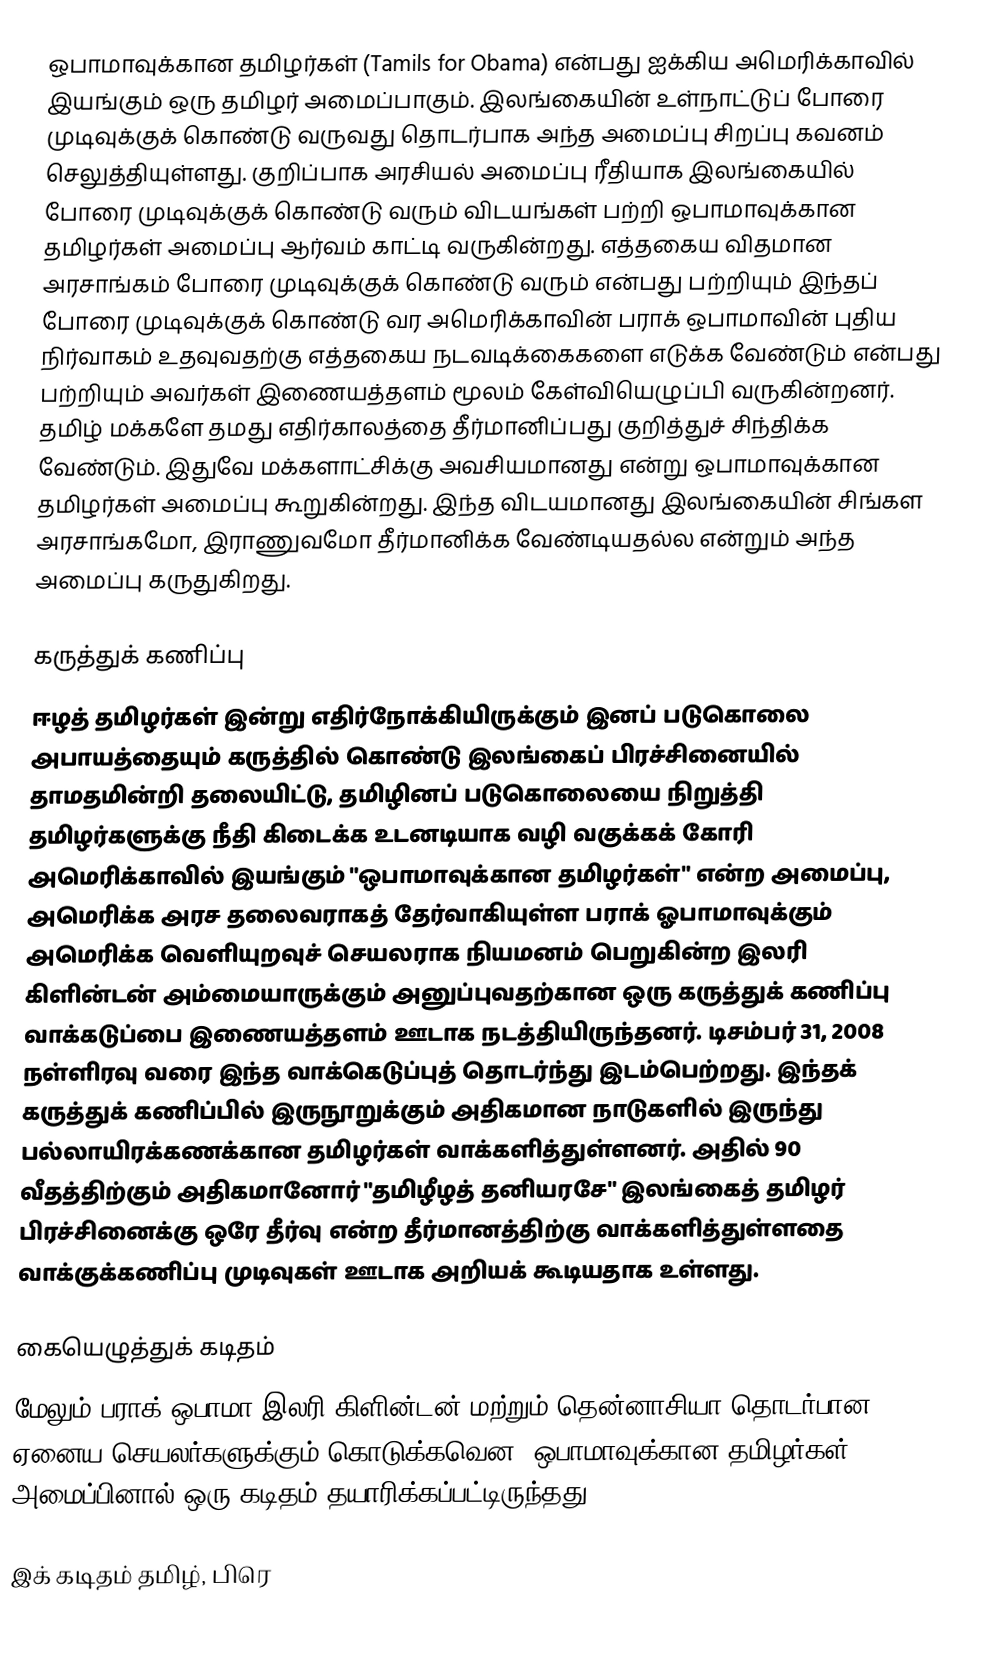
ஒபாமாவுக்கான தமிழர்கள் (Tamils for Obama) என்பது ஐக்கிய அமெரிக்காவில் இயங்கும் ஒரு தமிழர் அமைப்பாகும். இலங்கையின் உள்நாட்டுப் போரை முடிவுக்குக் கொண்டு வருவது தொடர்பாக அந்த அமைப்பு சிறப்பு கவனம் செலுத்தியுள்ளது. குறிப்பாக அரசியல் அமைப்பு ரீதியாக இலங்கையில் போரை முடிவுக்குக் கொண்டு வரும் விடயங்கள் பற்றி ஒபாமாவுக்கான தமிழர்கள் அமைப்பு ஆர்வம் காட்டி வருகின்றது. எத்தகைய விதமான அரசாங்கம் போரை முடிவுக்குக் கொண்டு வரும் என்பது பற்றியும் இந்தப் போரை முடிவுக்குக் கொண்டு வர அமெரிக்காவின் பராக் ஒபாமாவின் புதிய நிர்வாகம் உதவுவதற்கு எத்தகைய நடவடிக்கைகளை எடுக்க வேண்டும் என்பது பற்றியும் அவர்கள் இணையத்தளம் மூலம் கேள்வியெழுப்பி வருகின்றனர். தமிழ் மக்களே தமது எதிர்காலத்தை தீர்மானிப்பது குறித்துச் சிந்திக்க வேண்டும். இதுவே மக்களாட்சிக்கு அவசியமானது என்று ஒபாமாவுக்கான தமிழர்கள் அமைப்பு கூறுகின்றது. இந்த விடயமானது இலங்கையின் சிங்கள அரசாங்கமோ, இராணுவமோ தீர்மானிக்க வேண்டியதல்ல என்றும் அந்த அமைப்பு கருதுகிறது.

கருத்துக் கணிப்பு
ஈழத் தமிழர்கள் இன்று எதிர்நோக்கியிருக்கும் இனப் படுகொலை அபாயத்தையும் கருத்தில் கொண்டு  இலங்கைப் பிரச்சினையில் தாமதமின்றி தலையிட்டு, தமிழினப் படுகொலையை நிறுத்தி தமிழர்களுக்கு நீதி கிடைக்க உடனடியாக வழி வகுக்கக் கோரி அமெரிக்காவில் இயங்கும் "ஒபாமாவுக்கான தமிழர்கள்"  என்ற அமைப்பு, அமெரிக்க அரச தலைவராகத் தேர்வாகியுள்ள பராக் ஓபாமாவுக்கும் அமெரிக்க வெளியுறவுச் செயலராக நியமனம் பெறுகின்ற இலரி கிளின்டன் அம்மையாருக்கும் அனுப்புவதற்கான ஒரு கருத்துக் கணிப்பு வாக்கடுப்பை இணையத்தளம் ஊடாக நடத்தியிருந்தனர். டிசம்பர் 31, 2008 நள்ளிரவு வரை இந்த வாக்கெடுப்புத் தொடர்ந்து இடம்பெற்றது. இந்தக் கருத்துக் கணிப்பில் இருநூறுக்கும் அதிகமான நாடுகளில் இருந்து பல்லாயிரக்கணக்கான தமிழர்கள் வாக்களித்துள்ளனர். அதில் 90 வீதத்திற்கும் அதிகமானோர் "தமிழீழத் தனியரசே" இலங்கைத் தமிழர் பிரச்சினைக்கு ஒரே தீர்வு என்ற தீர்மானத்திற்கு வாக்களித்துள்ளதை வாக்குக்கணிப்பு முடிவுகள் ஊடாக அறியக் கூடியதாக உள்ளது.

கையெழுத்துக் கடிதம்
மேலும் பராக் ஒபாமா இலரி கிளின்டன் மற்றும் தென்னாசியா தொடர்பான ஏனைய செயலர்களுக்கும் கொடுக்கவென "ஒபாமாவுக்கான தமிழர்கள்" அமைப்பினால் ஒரு கடிதம் தயாரிக்கப்பட்டிருந்தது.

இக் கடிதம் தமிழ், பிரெ